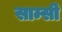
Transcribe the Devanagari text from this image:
साम्सी